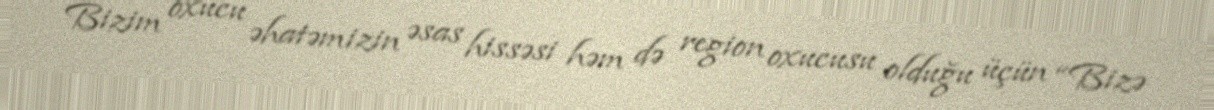
Bizim oxucu əhatəmizin əsas hissəsi həm də region oxucusu olduğu üçün “Bizə